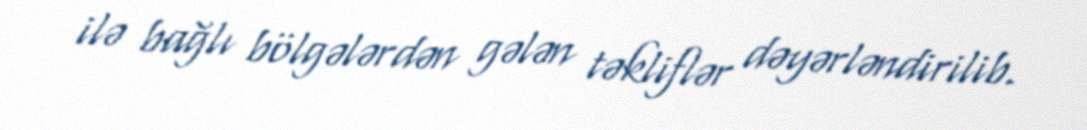
ilə bağlı bölgələrdən gələn təkliflər dəyərləndirilib.